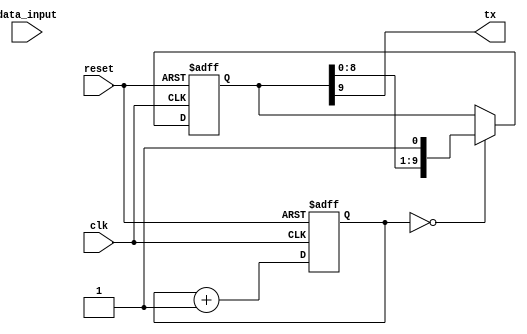
module uart_transmitter (
    input wire clk,         // System clock
    input wire reset,       // Reset signal
    input wire data_input,  // Data input signal
    output wire tx          // Transmitted data output signal
);

// Data Input Block
reg [7:0] data_buffer;     // Data buffer to store input data

always @(posedge clk or posedge reset) begin
    if (reset) begin
        data_buffer <= 8'b0;  // Clear data buffer on reset
    end else begin
        data_buffer <= data_input; // Store input data in buffer
    end
end

// Encoding Block
reg [9:0] encoded_data;    // Encoded serial data

always @(*) begin
    encoded_data = {1'b0, 1'b1, data_buffer, 1'b0}; // Add start and stop bits to input data
end

// Baud Rate Generator
reg [15:0] baud_counter;   // Baud rate counter

always @(posedge clk or posedge reset) begin
    if (reset) begin
        baud_counter <= 16'b0;  // Clear baud rate counter on reset
    end else begin
        baud_counter <= baud_counter + 1; // Increment baud rate counter
    end
end

// Shift Register
reg [9:0] shift_register;  // Shift register to store encoded data
reg shift_out;             // Output bit of shift register

always @(posedge clk or posedge reset) begin
    if (reset) begin
        shift_register <= 10'b0; // Clear shift register on reset
    end else begin
        if (baud_counter == 16'b0) begin
            shift_register <= {shift_register[8:0], encoded_data[9]}; // Shift out bit by bit
        end
    end
end

// Output Block
assign tx = shift_register[9]; // Output data bit on TX pin

endmodule